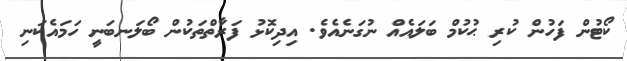
ކޯޓުން ފަހުން ކުރި ޙުކުމް ބަލައެއް ނުގަނެއެވެ. އިދިކޮޅު ފަރާތްތަކުން ބޯލަނބަނީ ހަމައެކަނި